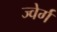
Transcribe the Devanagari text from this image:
ज्वेर्ग